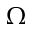
\Omega